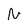
Character: N